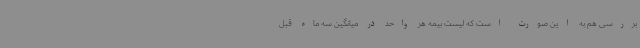
بررسی هم به این صورت است که لیست بیمه هر واحد در میانگین سه ماه قبل